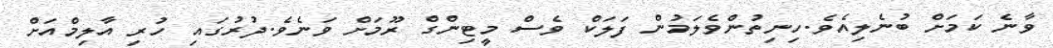
ވާނެ ކަމަށް ބުނެލިއެވެ.ހިނިތުންވެލަމުން ފަލަކް ވެސް މީޓިންގް ރޫމަށް ވަނެވެ.ދުރުގައި ހުރި އާލިމްއަށް